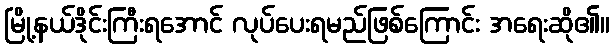
မြို့နယ်ဒိုင်းကြီးရအောင် လုပ်ပေးရမည်ဖြစ်ကြောင်း အရေးဆို၏။